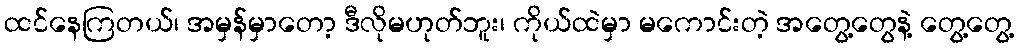
ထင်နေကြတယ်၊ အမှန်မှာတော့ ဒီလိုမဟုတ်ဘူး၊ ကိုယ်ထဲမှာ မကောင်းတဲ့ အတွေ့တွေနဲ့ တွေ့တွေ့